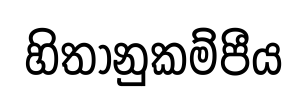
හිතානුකම්පීය